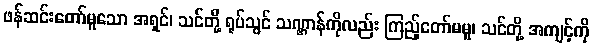
ဖန်ဆင်းတော်မူသော အရှင်၊ သင်တို့ ရုပ်သွင် သဏ္ဌာန်ကိုလည်း ကြည့်တော်မမူ၊ သင်တို့ အကျင့်ကို